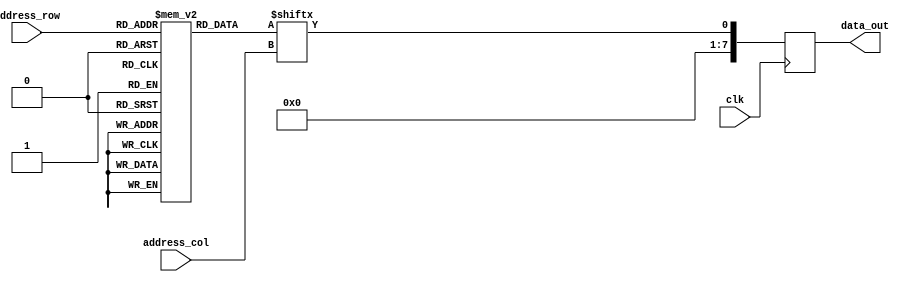
module AntiFuseROM (
    input wire clk,
    input wire [7:0] address_row,
    input wire [7:0] address_col,
    output reg [7:0] data_out
);

reg [7:0] mem_array [0:255]; // 256x8 memory array

always @(posedge clk) begin
    // Read operation
    data_out <= mem_array[address_row][address_col];
end

endmodule